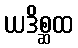
ယဒိစ္ဆထ